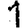
Digit: 1